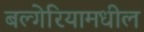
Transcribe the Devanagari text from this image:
बल्गेरियामधील